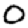
Digit: 0